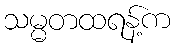
သမ္မတထရန့်က